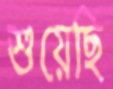
শুয়েছি